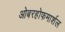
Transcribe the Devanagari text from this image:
ओबरहोफमार्शल